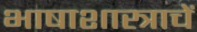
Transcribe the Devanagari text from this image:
भाषाशास्त्राचें